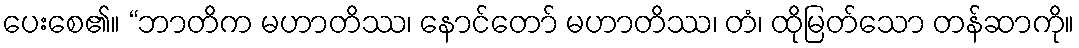
ပေးစေ၏။ “ဘာတိက မဟာတိဿ၊ နောင်တော် မဟာတိဿ၊ တံ၊ ထိုမြတ်သော တန်ဆာကို။